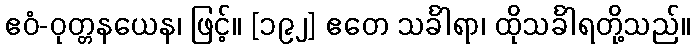
ဧဝံ-ဝုတ္တနယေန၊ ဖြင့်။ [၁၉၂] ဧတေ သင်္ခါရာ၊ ထိုသင်္ခါရတို့သည်။